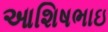
આશિષભાઇ